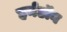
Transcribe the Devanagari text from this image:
हर्नडॉन